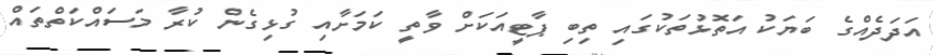
އަދަދެއްގެ ބަޔަކު އަތޮޅުތަކުގައި ތިބި ޕާޓީއަކަށް ވާތީ ކަމަށާއި ގުޅިގެން ކުރާ މަސައްކަތްތައް